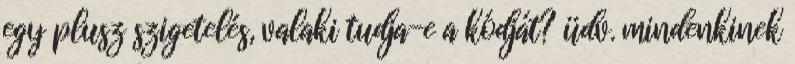
egy plusz szigetelés, valaki tudja-e a kódját? üdv. mindenkinek